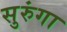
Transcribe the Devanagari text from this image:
सुरुंगा